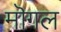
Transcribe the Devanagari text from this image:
मॊगल